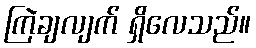
ကြဲချလျက် ရှိလေသည်။